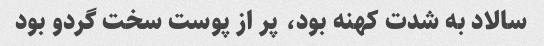
سالاد به شدت کهنه بود، پر از پوست سخت گردو بود